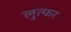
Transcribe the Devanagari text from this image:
लुत्फर